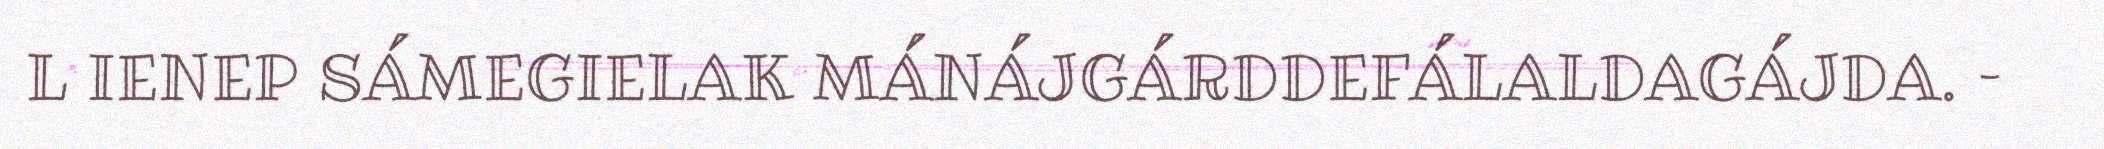
L IENEP SÁMEGIELAK MÁNÁJGÁRDDEFÁLALDAGÁJDA. –